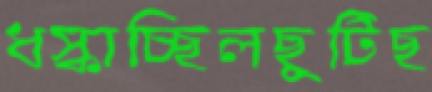
ধস্‌কাচ্ছিলছুটিছ